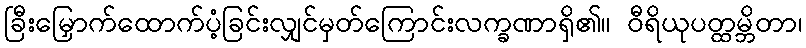
ခြီးမြှောက်ထောက်ပံ့ခြင်းလျှင်မှတ်ကြောင်းလက္ခဏာရှိ၏။ ဝီရိယုပတ္ထမ္ဘိတာ၊